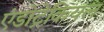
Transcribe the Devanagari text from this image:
एंडोट्रेकियल